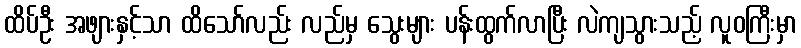
ထိပ်ဦး အဖျားနှင့်သာ ထိသော်လည်း လည်မှ သွေးများ ပန်းထွက်လာပြီး လဲကျသွားသည့် လူဝကြီးမှာ